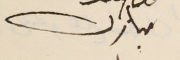
مبارك